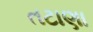
તટાણા